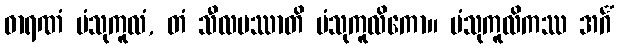
ဓာရဏံ ပံသုကူလံ, တံ သီလမဿာတိ ပံသုကူလိကော။ ပံသုကူလိကဿ အင်္ဂံ